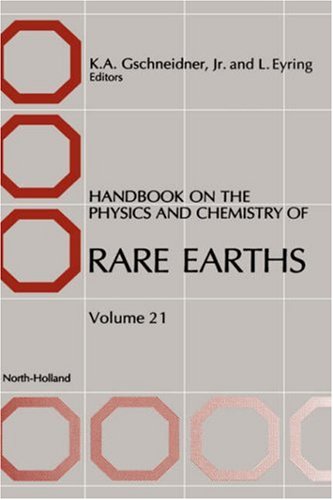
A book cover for Handbook on the Physics and Chemistry of Rare Earths, Volume 21; Science & Math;